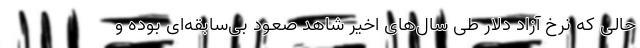
حالی که نرخ آزاد دلار طی سال‌های اخیر شاهد صعود بی‌سابقه‌ای بوده و